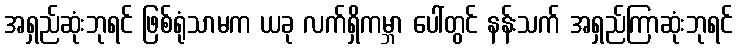
အရှည်ဆုံးဘုရင် ဖြစ်ရုံသာမက ယခု လက်ရှိကမ္ဘာ ပေါ်တွင် နန်းသက် အရှည်ကြာဆုံးဘုရင်